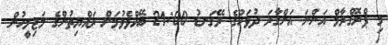
މި ޕްރޮގްރާމް އަންނަ އަންގާރަ ދުވަހުގެ ރޭގަނޑު 21:00 ބޭއްވެވުމަށް ރައްޔިތުންގެ މަޖިލީހުން